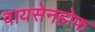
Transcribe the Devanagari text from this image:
वायसेनहोफ